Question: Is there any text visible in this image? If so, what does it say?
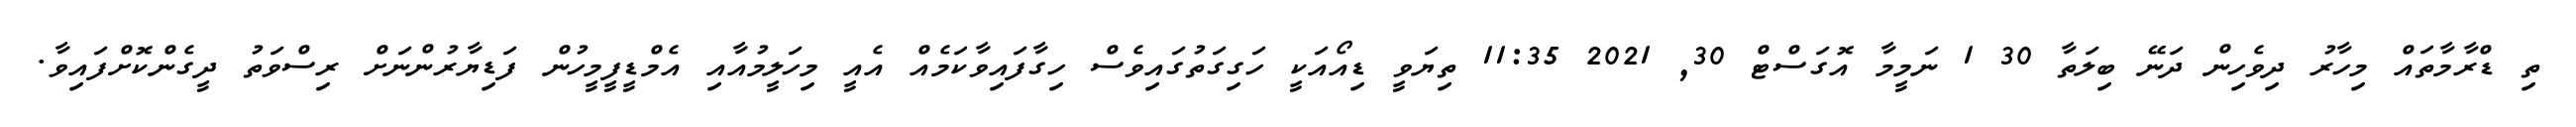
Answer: ތި ޑްރާމާތައް މިހާރު ދިވެހިން ދަނޭ ބިލަތާ 30 1 ނަމީމާ އޮގަސްޓް 30, 2021 11:35 ތިޔަވީ ޑިއޯއަކީ ހަގިގަތުގައިވެސް ހިގާފައިވާކަމެއް އެއީ މިހަލީމުއާއި އެމްޑީފީމީހުން ފަޑިޔާރުންނަށް ރިސްވަތު ދީގެންކޮށްފައިވާ.